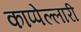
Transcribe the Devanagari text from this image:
काप्पेल्लारी